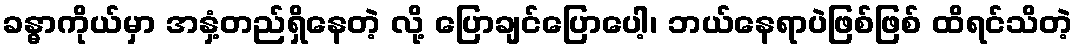
ခန္ဓာကိုယ်မှာ အနှံ့တည်ရှိနေတဲ့ လို့ ပြောချင်ပြောပေါ့၊ ဘယ်နေရာပဲဖြစ်ဖြစ် ထိရင်သိတဲ့